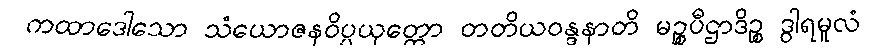
ကထာဒေါသော သံယောဇနဝိပ္ပယုတ္တော တတိယဝန္ဒနာတိ မဉ္စပီဌာဒိဉ္စ ဒွါရမူလံ